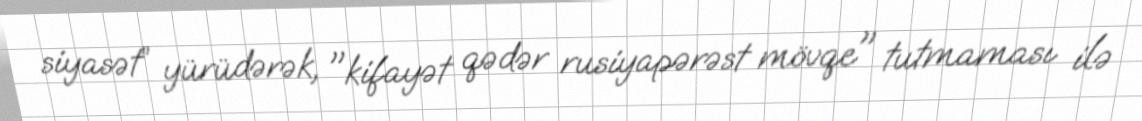
siyasət” yürüdərək, "kifayət qədər rusiyapərəst mövqe" tutmaması ilə